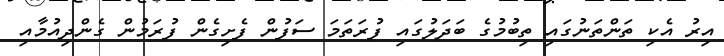
އިރު އެކި ތަންތަނުގައި ތިބުމުގެ ބަދަލުގައި ފުރަތަމަ ސަފުން ފެށިގެން ފުރަމުން ގެންދިއުމާއި